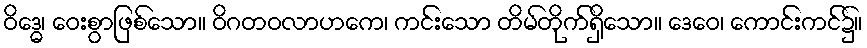
ဝိဒ္ဓေ၊ ဝေးစွာဖြစ်သော။ ဝိဂတဝလာဟကေ၊ ကင်းသော တိမ်တိုက်ရှိသော။ ဒေဝေ၊ ကောင်းကင်၌။